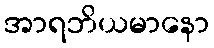
အာရဘိယမာနော